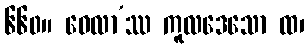
၆၆၀။ ဝေလာ’ဿ ကူလဒေသော ထ၊